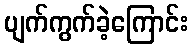
ပျက်ကွက်ခဲ့ကြောင်း